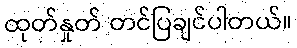
ထုတ်နှုတ် တင်ပြချင်ပါတယ်။